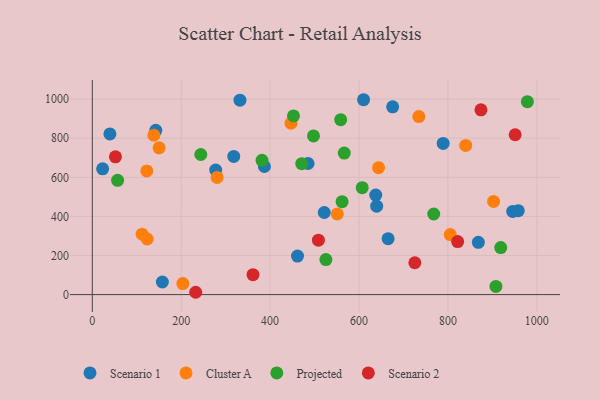
{"axis": {"x": "Engine Size", "y": "Sales"}, "legend": ["Cluster A", "Projected", "Scenario 1", "Scenario 2"], "data": [{"x": "789.3", "y": 773.5, "type": "Scenario 1"}, {"x": "318.2", "y": 706.7, "type": "Scenario 1"}, {"x": "610.3", "y": 996.8, "type": "Scenario 1"}, {"x": "387.2", "y": 655.2, "type": "Scenario 1"}, {"x": "332.2", "y": 994.5, "type": "Scenario 1"}, {"x": "521.8", "y": 419.9, "type": "Scenario 1"}, {"x": "277.6", "y": 637.1, "type": "Scenario 1"}, {"x": "157.6", "y": 64.5, "type": "Scenario 1"}, {"x": "675.7", "y": 960.4, "type": "Scenario 1"}, {"x": "868.5", "y": 267.5, "type": "Scenario 1"}, {"x": "945.8", "y": 425.4, "type": "Scenario 1"}, {"x": "39.6", "y": 821.7, "type": "Scenario 1"}, {"x": "485.4", "y": 670.6, "type": "Scenario 1"}, {"x": "665.5", "y": 286.0, "type": "Scenario 1"}, {"x": "639.8", "y": 452.2, "type": "Scenario 1"}, {"x": "142.8", "y": 840.2, "type": "Scenario 1"}, {"x": "637.7", "y": 509.3, "type": "Scenario 1"}, {"x": "461.6", "y": 197.3, "type": "Scenario 1"}, {"x": "958.3", "y": 429.3, "type": "Scenario 1"}, {"x": "23.2", "y": 643.1, "type": "Scenario 1"}, {"x": "150.2", "y": 750.7, "type": "Cluster A"}, {"x": "840.1", "y": 763.2, "type": "Cluster A"}, {"x": "138.5", "y": 815.1, "type": "Cluster A"}, {"x": "805.3", "y": 307.2, "type": "Cluster A"}, {"x": "551.2", "y": 412.7, "type": "Cluster A"}, {"x": "734.6", "y": 910.8, "type": "Cluster A"}, {"x": "447.0", "y": 876.8, "type": "Cluster A"}, {"x": "123.5", "y": 284.5, "type": "Cluster A"}, {"x": "902.8", "y": 476.8, "type": "Cluster A"}, {"x": "112.0", "y": 309.3, "type": "Cluster A"}, {"x": "643.9", "y": 649.2, "type": "Cluster A"}, {"x": "122.6", "y": 632.7, "type": "Cluster A"}, {"x": "203.6", "y": 56.6, "type": "Cluster A"}, {"x": "280.8", "y": 599.2, "type": "Cluster A"}, {"x": "244.1", "y": 716.5, "type": "Projected"}, {"x": "452.6", "y": 913.9, "type": "Projected"}, {"x": "908.0", "y": 42.0, "type": "Projected"}, {"x": "56.9", "y": 584.3, "type": "Projected"}, {"x": "918.8", "y": 240.7, "type": "Projected"}, {"x": "558.8", "y": 894.8, "type": "Projected"}, {"x": "525.5", "y": 179.1, "type": "Projected"}, {"x": "381.8", "y": 686.6, "type": "Projected"}, {"x": "978.8", "y": 986.8, "type": "Projected"}, {"x": "497.6", "y": 811.5, "type": "Projected"}, {"x": "607.2", "y": 546.7, "type": "Projected"}, {"x": "768.1", "y": 412.4, "type": "Projected"}, {"x": "566.8", "y": 723.9, "type": "Projected"}, {"x": "471.2", "y": 669.5, "type": "Projected"}, {"x": "561.9", "y": 475.2, "type": "Projected"}, {"x": "951.3", "y": 817.6, "type": "Scenario 2"}, {"x": "508.7", "y": 278.5, "type": "Scenario 2"}, {"x": "725.6", "y": 162.8, "type": "Scenario 2"}, {"x": "361.5", "y": 102.0, "type": "Scenario 2"}, {"x": "52.0", "y": 704.6, "type": "Scenario 2"}, {"x": "874.3", "y": 945.2, "type": "Scenario 2"}, {"x": "232.6", "y": 11.9, "type": "Scenario 2"}, {"x": "821.9", "y": 271.0, "type": "Scenario 2"}]}